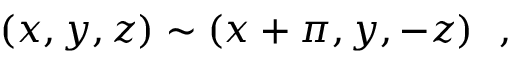
( x , y , z ) \sim ( x + \pi , y , - z ) \ \ ,